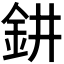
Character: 𨥙